Lunatic asylums in Bengal annual reports 1912-1924 - 1912-1924
Year: 1912
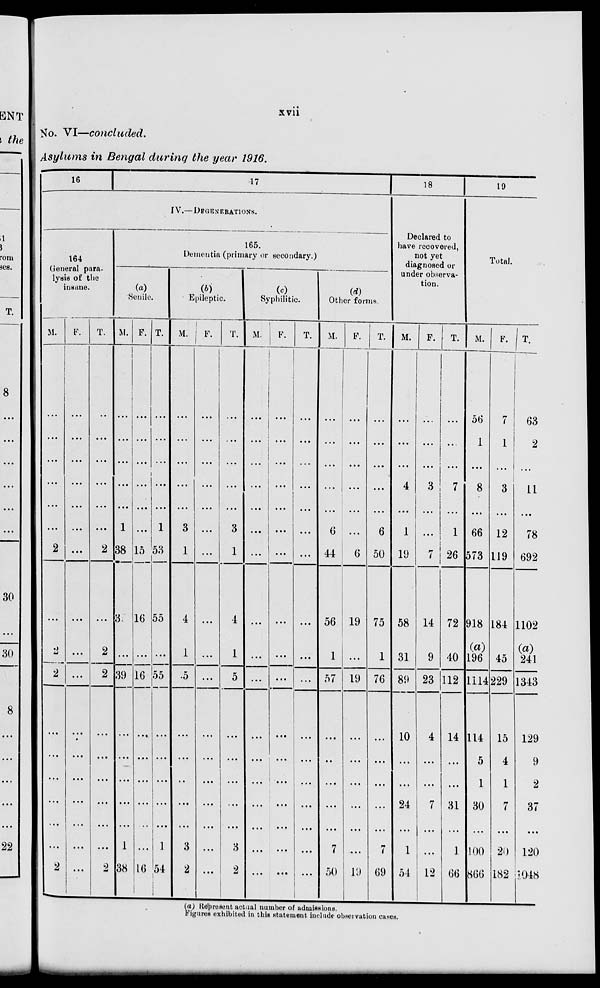
xvii
No. VI—concluded.
Asylums in Bengal during the year 1916.
16
17
IV.— DEGENERATIONS.
164
General para-
lysis of the
insane.
M.
...
...
...
...
...
...
2
...
2
2
...
...
...
...
...
...
2
F.
...
...
...
...
...
...
...
...
...
...
...
...
...
...
...
...
...
T .
...
...
...
...
...
...
2
...
2
2
...
...
...
...
...
...
2
165.
Dementia (primary or secondary.)
(a)
Senile.
M.
...
...
...
...
...
1
38
3
...
39
...
...
...
...
...
1
38
F.
...
...
...
...
...
...
15
16
...
16
...
...
...
...
...
...
16
T.
...
...
...
...
...
1
53
55
...
55
...
...
...
...
...
1
54
(b)
Epileptic.
M.
...
...
...
...
...
3
1
4
1
5
...
...
...
...
...
3
2
F.
...
...
...
...
...
...
...
...
...
...
...
...
...
...
...
...
...
T.
...
...
...
...
...
3
1
4
1
5
...
...
...
...
...
3
2
(c)
Syphilitic.
M.
...
...
...
...
...
...
...
...
...
...
...
...
...
...
...
...
...
F.
...
...
...
...
...
...
...
...
...
...
...
...
...
...
...
...
...
T.
...
...
...
...
...
...
...
...
...
...
...
...
...
...
...
...
...
Other forms.
M.
...
...
...
...
...
6
44
56
1
57
...
...
...
...
...
7
50
F.
...
...
...
...
...
...
6
19
...
19
...
...
...
...
...
...
19
T.
...
...
...
...
...
6
50
75
1
76
...
...
...
...
...
7
69
18
Declared to
have recovered,
not yet
diagnosed or
under observa-
tion.
M.
...
...
...
4
...
1
19
58
31
89
10
...
...
24
...
1
54
F.
...
...
...
3
...
...
7
14
9
23
4
...
...
7
...
...
12
T.
...
...
...
7
...
1
26
72
40
112
14
...
...
31
...
1
66
19
Total.
M.
56
1
...
8
...
66
573
918
(a)
196
1114
114
5
1
30
...
100
866
F.
7
1
3
...
12
119
184
45
229
15
4
1
7
...
20
182
T.
63
2
...
11
...
78
692
1102
(a)
241
1343
129
9
2
37
...
120
1048
(a) Represent actual number of admissions.
Figures exhibited in this statement include observation cases.